Sleeping sickness
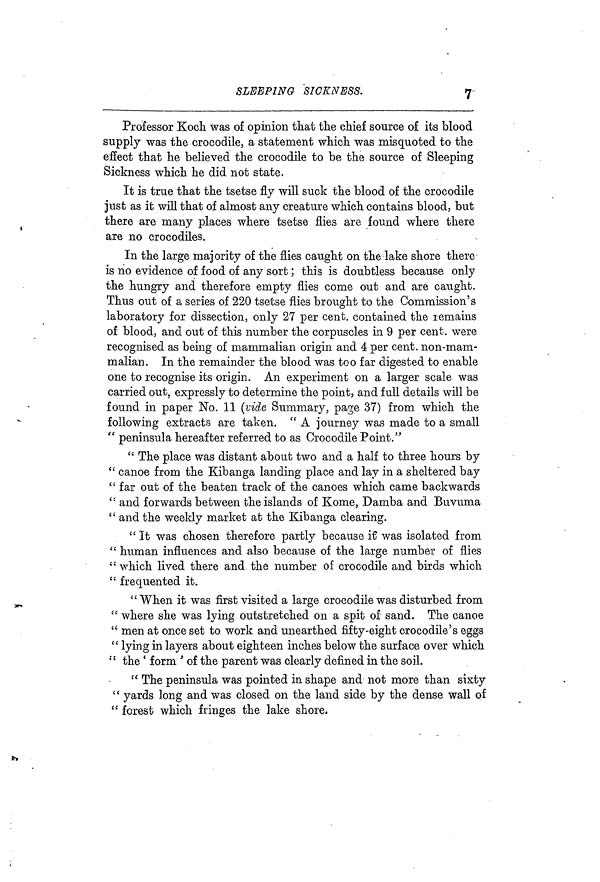
SLEEPING SICKNESS.
7
Professor Koch was of opinion that the chief source of its blood
supply was the crocodile, a statement which was misquoted to the
effect that he believed the crocodile to be the source of Sleeping
Sickness which he did not state.
It is true that the tsetse fly will suck the blood of the crocodile
just as it will that of almost any creature which contains blood, but
there are many places where tsetse flies are found where there
are no crocodiles.
In the large majority of the flies caught on the lake shore there
is no evidence of food of any sort ; this is doubtless because only
the hungry and therefore empty flies come out and are caught.
Thus out of a series of 220 tsetse flies brought to the Commission's
laboratory for dissection, only 27 per cent, contained the lemains
of blood, and out of this number the corpuscles in 9 per cent, were
recognised as being of mammalian origin and 4 per cent, non-mam-
malian. In the remainder the blood was too far digested to enable
one to recognise its origin. An experiment on a larger scale was
carried out, expressly to determine the point, and full details will be
found in paper No. 11 (vide Summary, page 37) from which the
following extracts are taken. " A journey was made to a small
" peninsula hereafter referred to as Crocodile Point."
" The place was distant about two and a half to three hours by
" canoe from the Kibanga landing place and lay in a sheltered bay
" far out of the beaten track of the canoes which came backwards
" and forwards between the islands of Kome, Damba and Buvuma
" and the weekly market at the Kibanga clearing.
" It was chosen therefore partly because if was isolated from
" human influences and also because of the large number of flies
"which lived there and the number of crocodile and birds which
" frequented it.
"When it was first visited a large crocodile was disturbed from
" where she was lying outstretched on a spit of sand. The canoe
" men at once set to work and unearthed fifty-eight crocodile's eggs
" lying in layers about eighteen inches below the surface over which
"the ' form ' of the parent was clearly defined in the soil.
" The peninsula was pointed in shape and not more than sixty
" yards long and was closed on the land side by the dense wall of
" forest which fringes the lake shore.